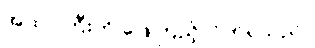
အထုပ်ကြီးကို ဖြေကြည့်လိုက်ရသည်။